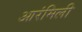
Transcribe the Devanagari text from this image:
आरंमिली